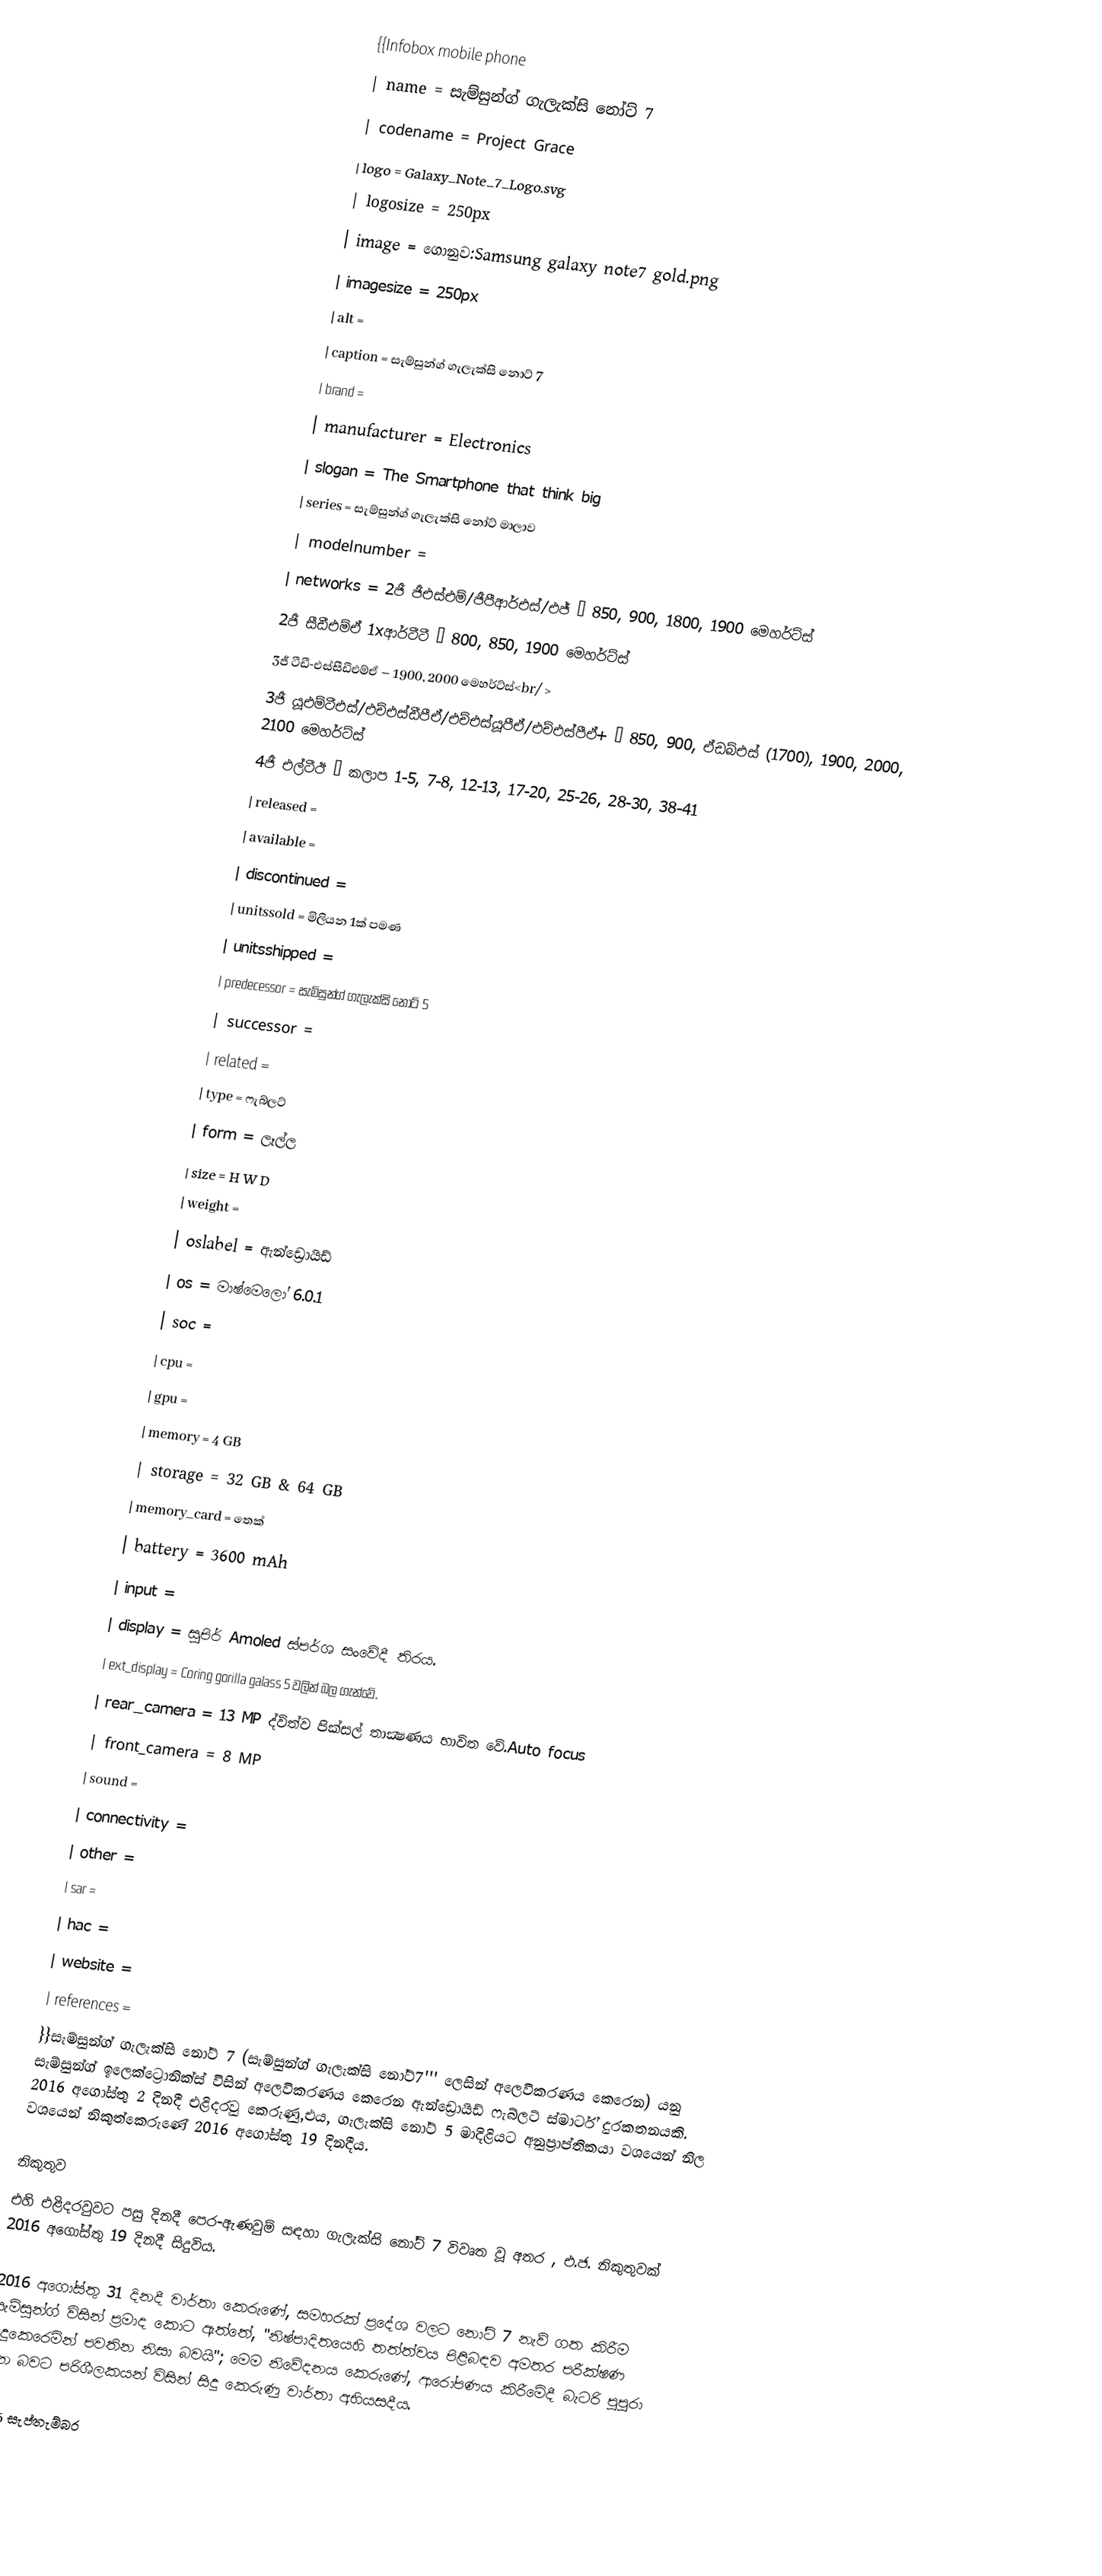
{{Infobox mobile phone
| name         = සැම්සුන්ග් ගැලැක්සි නෝට් 7
| codename     = Project Grace
| logo         = Galaxy_Note_7_Logo.svg
| logosize     = 250px
| image        = ගොනුව:Samsung galaxy note7 gold.png
| imagesize    = 250px
| alt          =
| caption      = සැම්සුන්ග් ගැලැක්සි නොට් 7
| brand        =
| manufacturer =  Electronics
| slogan       = The Smartphone that think big
| series       = සැම්සුන්ග් ගැලැක්සි නෝට් මාලාව
| modelnumber  =
| networks     = 2ජී ජීඑස්එම්/ජීපීආර්එස්/එජ් – 850, 900, 1800, 1900 මෙහර්ට්ස්
2ජී සීඩීඑම්ඒ 1xආර්ටීටී – 800, 850, 1900 මෙහර්ට්ස්
3ජී ටීඩී-එස්සීඩීඑම්ඒ – 1900, 2000 මෙහර්ට්ස්<br/ >
3ජී යූඑම්ටීඑස්/එච්එස්ඩීපීඒ/එච්එස්යූපීඒ/එච්එස්පීඒ+ – 850, 900, ඒඩබ්එස් (1700), 1900, 2000, 2100 මෙහර්ට්ස්
4ජී එල්ටීඊ – කලාප 1-5, 7-8, 12-13, 17-20, 25-26, 28-30, 38-41
| released     =
| available    =
| discontinued =
| unitssold    = මිලියන 1ක් පමණ
| unitsshipped =
| predecessor  = සැම්සුන්ග් ගැලැක්සි නෝට් 5
| successor    =
| related      =
| type         = ෆැබ්ලට්
| form         = ලෑල්ල
| size         =   H   W   D
| weight       =
| oslabel = ඇන්ඩ්‍රොයිඩ්
| os           = මාෂ්මෙලෝ 6.0.1
| soc          =
| cpu          =
| gpu          =
| memory       = 4 GB
| storage      = 32 GB & 64 GB
| memory_card  =  තෙක්
| battery      = 3600 mAh
| input        =
| display      =  සුපිර් Amoled ස්පර්ශ සංවේදී තිරය.
| ext_display  = Coring gorilla galass 5 වලින් බල ගැන්වේ.
| rear_camera  = 13 MP ද්විත්ව පික්සල් තාක්‍ෂණය භාවිත වේ.Auto focus
| front_camera = 8 MP
| sound        =
| connectivity =
| other        =
| sar          =
| hac          =
| website      =
| references   =
}}සැම්සුන්ග් ගැලැක්සි නෝට් 7 (සැම්සුන්ග් ගැලැක්සි නෝට්7''' ලෙසින් අලෙවිකරණය කෙරෙන) යනු සැම්සුන්ග් ඉලෙක්ට්‍රොනික්ස් විසින් අලෙවිකරණය කෙරෙන ඇන්ඩ්‍රොයිඩ් ෆැබ්ලට් ස්මාර්ට් දුරකතනයකි.  2016 අගෝස්තු 2 දිනදී එළිදරවු කෙරුණු,එය, ගැලැක්සි නෝට් 5 මාදිළියට අනුප්‍රාප්තිකයා වශයෙන් නිල වශයෙන් නිකුත්කෙරුණේ  2016 අගෝස්තු 19 දිනදීය.

නිකුතුව
එහි එළිදරවුවට පසු දිනදී පෙර-ඇණවුම් සඳහා ගැලැක්සි නෝට් 7 විවෘත වූ අතර , එ.ජ. නිකුතුවක් 2016 අගෝස්තු 19 දිනදී සිදුවිය.

2016 අගෝස්තු 31 දිනදී වාර්තා කෙරුණේ, සමහරක් ප්‍රදේශ වලට නෝට් 7 නැව් ගත කිරීම සැම්සුන්ග් විසින් ප්‍රමාද කොට ඇත්තේ,  "නිෂ්පාදිතයෙහි තත්ත්වය පිළිබඳව අමතර පරීක්ෂණ සිදුකෙරෙමින් පවතින නිසා බවයි"; මෙම නිවේදනය කෙරුණේ, ආරෝපණය කිරීමේදී බැටරි පුපුරා යන බවට පරිශීලකයන් විසින් සිදු කෙරුණු වාර්තා අභියසදීය.

2016 සැප්තැම්බර